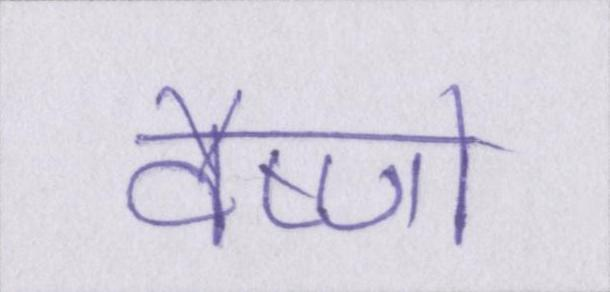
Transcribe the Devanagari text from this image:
वैष्णो